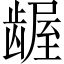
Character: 龌